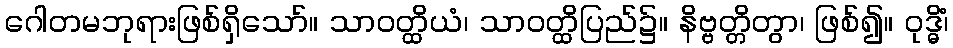
ဂေါတမဘုရားဖြစ်ရှိသော်။ သာဝတ္ထိယံ၊ သာဝတ္ထိပြည်၌။ နိဗ္ဗတ္တိတွာ၊ ဖြစ်၍။ ဝုဒ္ဓိံ၊